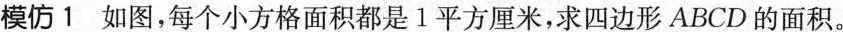
模仿1如图，每个小方格面积都是1平方厘米，求四边形ABCD的面积。